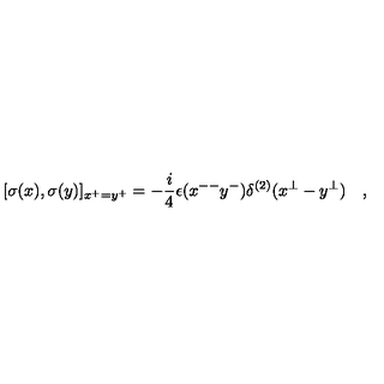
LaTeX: [ \sigma ( x ) , \sigma ( y ) ] _ { x ^ { + } = y ^ { + } } = - \frac { i } { 4 } \epsilon ( x ^ { -- } y ^ { - } ) \delta ^ { ( 2 ) } ( x ^ { \perp } - y ^ { \perp } ) \quad ,